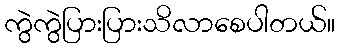
ကွဲကွဲပြားပြားသိလာစေပါတယ်။